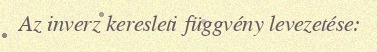
Az inverz keresleti függvény levezetése: